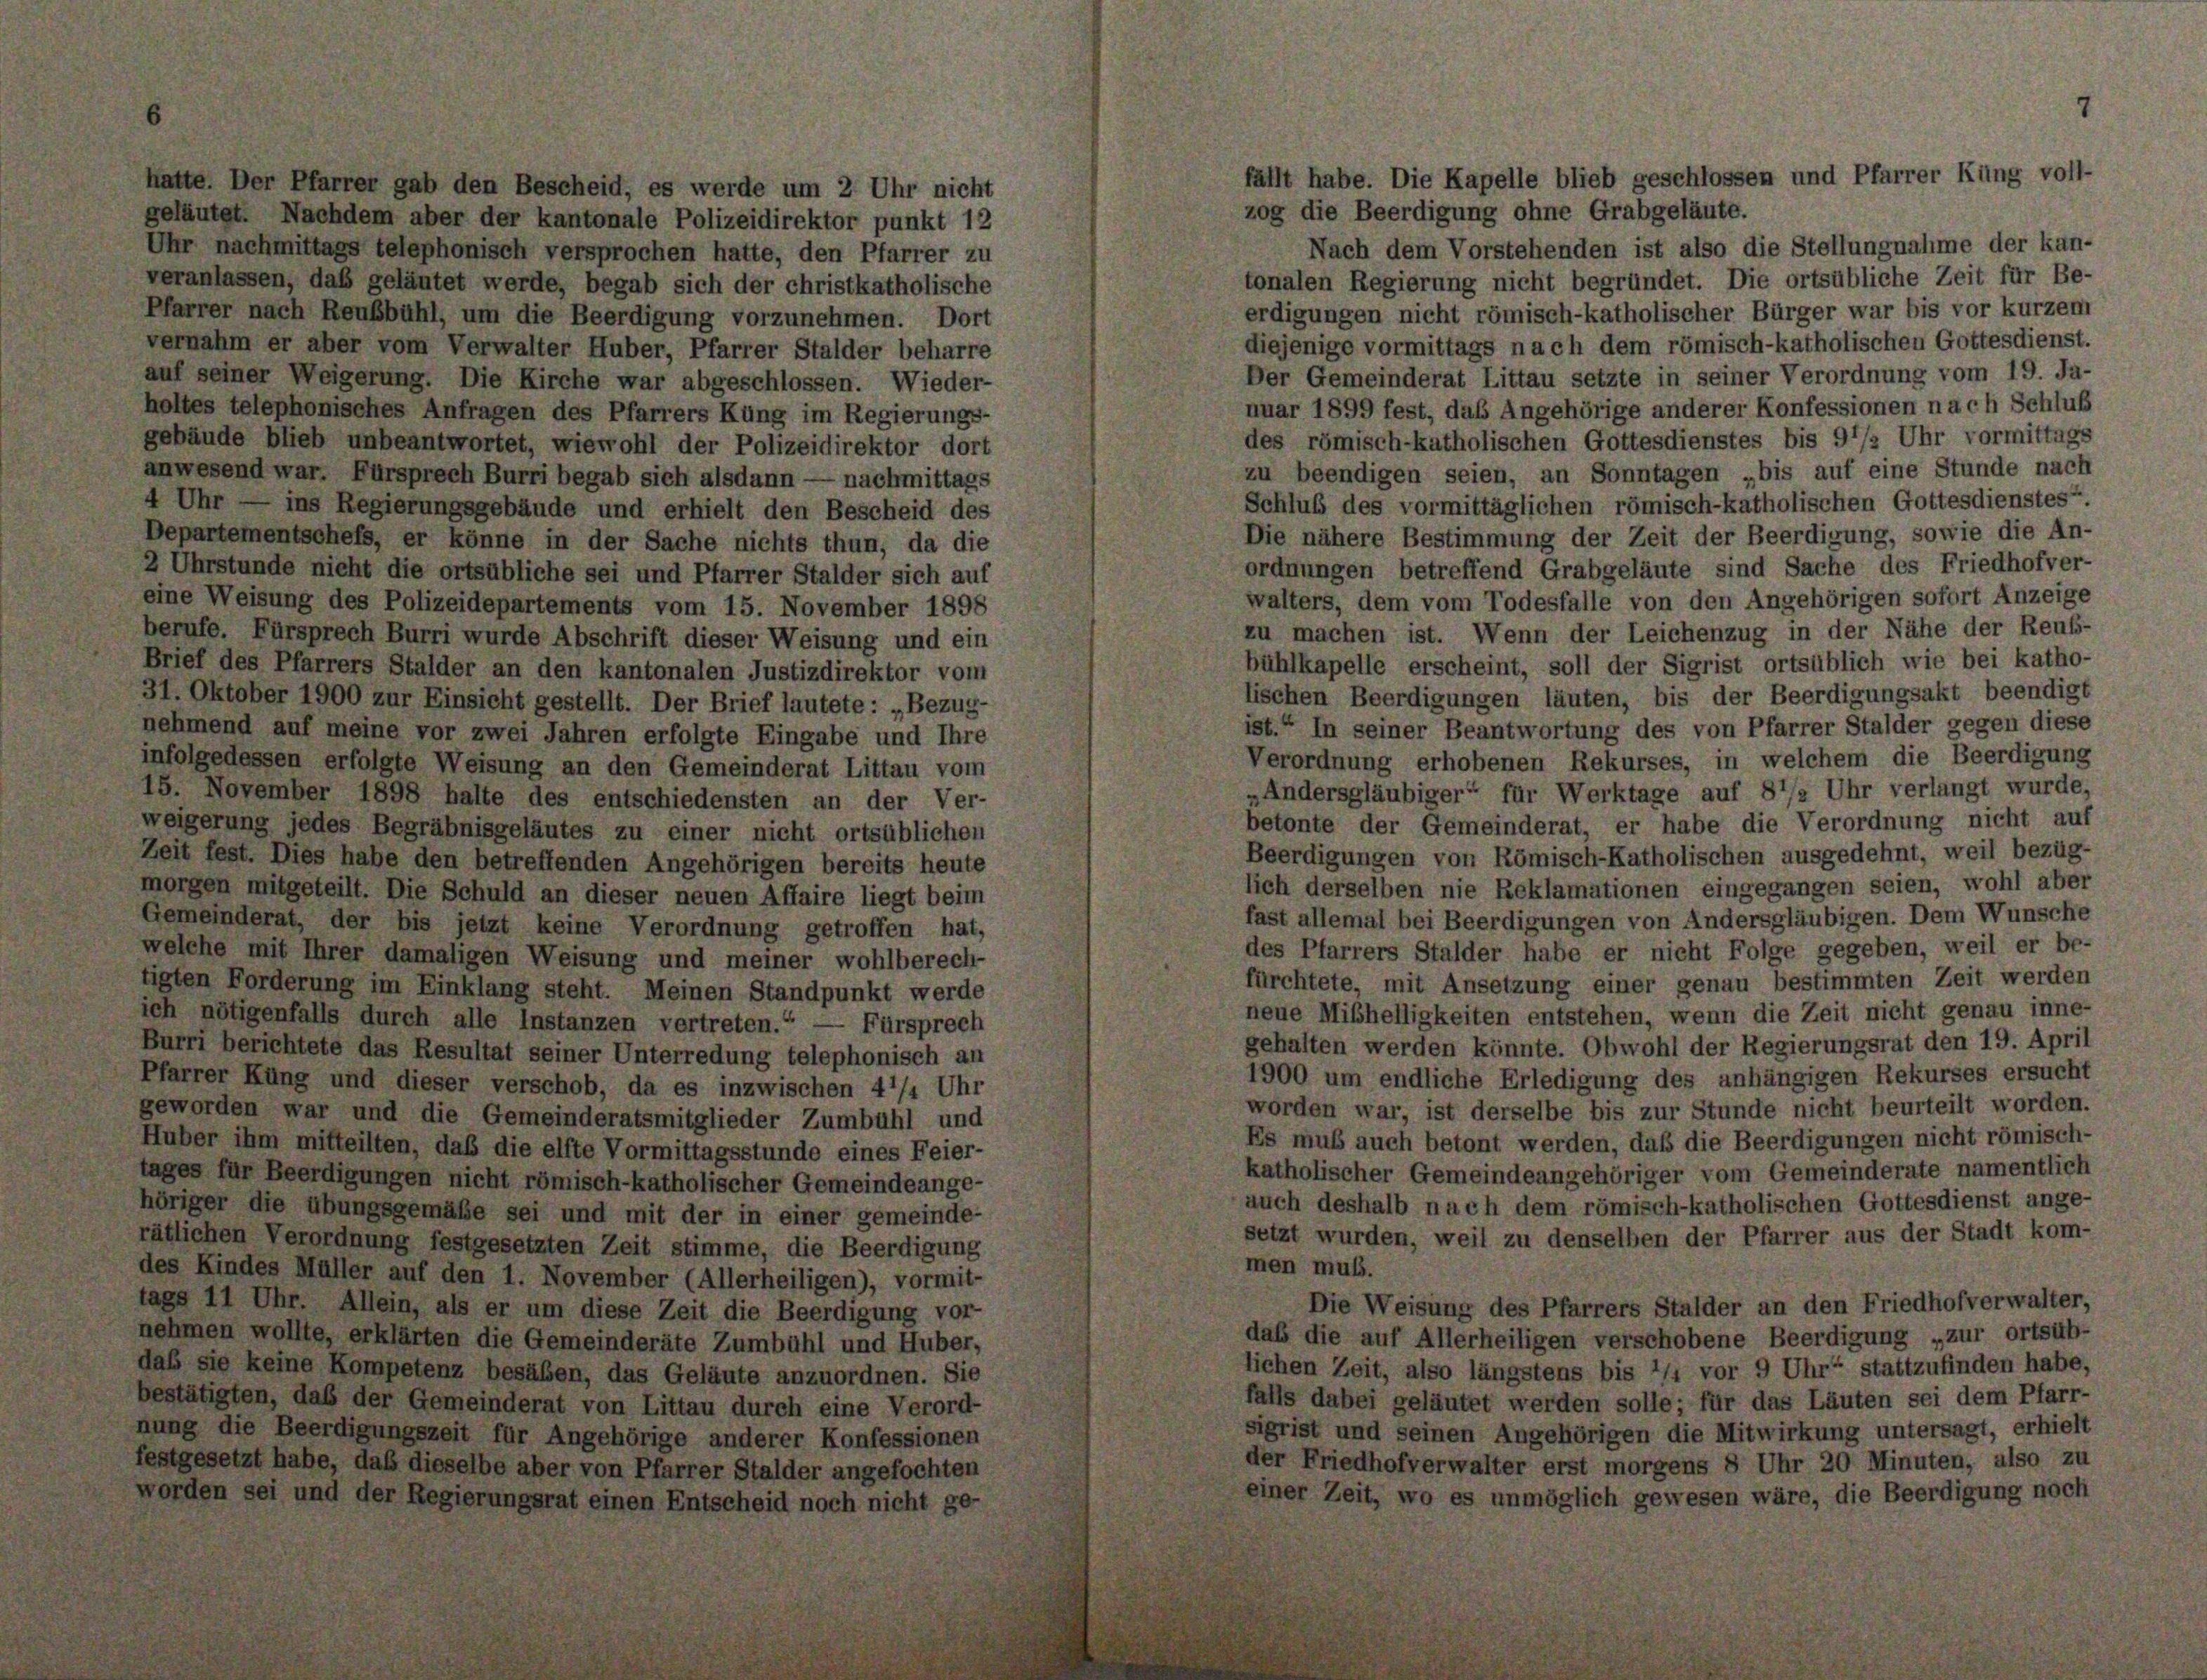
fällt habe. Die Kapelle blieb geschlossen und Pfarrer Küng voll-
hatte. Der Pfarrer gab den Bescheid, es werde um 2 Uhr nicht
zog die Beerdigung ohne Grabgeläute.
geläutet. Nachdem aber der kantonale Polizeidirektor punkt 12
Nach dem Vorstehenden ist also die Stellungnahme der kan-
Uhr nachmittags telephonisch versprochen hatte, den Pfarrer zu
tonalen Regierung nicht begründet. Die ortsübliche Zeit für Be-
veranlassen, daß geläutet werde, begab sich der christkatholische
erdigungen nicht römisch-katholischer Bürger war bis vor kurzem
Pfarrer nach Reußbühl, um die Beerdigung vorzunehmen. Dort
diejenige vormittags nach dem römisch-katholischen Gottesdienst.
vernahm er aber vom Verwalter Huber, Pfarrer Stalder beharre
Der Gemeinderat Littau setzte in seiner Verordnung vom 19. Ja-
auf seiner Weigerung. Die Kirche war abgeschlossen. Wieder-
nuar 1899 fest, das Angehörige anderer Konfessionen nach Schluß
holtes telephonisches Anfragen des Pfarrers Küng im Regierungs-
des römisch-katholischen Gottesdienstes bis 91/2 Uhr vormittags
gebäude blieb unbeantwortet, wiewohl der Polizeidirektor dort
zu beendigen seien, an Sonntagen „bis auf eine Stunde nach
anwesend war. Fürsprech Burri begab sich alsdann — nachmittags
Schluß des vormittäglichen römisch-katholischen Gottesdienstes“.
4 Uhr — ins Regierungsgebäude und erhielt den Bescheid des
Die nähere Bestimmung der Zeit der Beerdigung, sowie die An-
Departementschefs, er könne in der Sache nichts thun, da die
ordnungen betreffend Grabgeläute sind Sache des Friedhofver-
2 Uhrstunde nicht die ortsübliche sei und Pfarrer Stalder sich auf
walters, dem vom Todesfalle von den Angehörigen sofort Anzeige
eine Weisung des Polizeidepartements vom 15. November 1898
zu machen ist. Wenn der Leichenzug in der Nähe der Reuß-
berufe. Fürsprech Burri wurde Abschrift dieser Weisung und ein
bühlkapelle erscheint, soll der Sigrist ortsüblich wie bei katho-
Brief des Pfarrers Stalder an den kantonalen Justizdirektor vom
lischen Beerdigungen läuten, bis der Beerdigungsakt beendigt
31. Oktober 1900 zur Einsicht gestellt. Der Brief lautete: „Bezug-
ist.“ In seiner Beantwortung des von Pfarrer Stalder gegen diese
nehmend auf meine vor zwei Jahren erfolgte Eingabe und Ihre
Verordnung erhobenen Rekurses, in welchem die Beerdigung
infolgedessen erfolgte Weisung an den Gemeinderat Littau vom
„Andersgläubiger“ für Werktage auf 8 1/2 Uhr verlangt wurde,
15. November 1898 halte des entschiedensten an der Ver-
betonte der Gemeinderat, er habe die Verordnung nicht auf
weigerung jedes Begräbnisgeläutes zu einer nicht ortsüblichen
Beerdigungen von Römisch-Katholischen ausgedehnt, weil bezüg-
Zeit fest. Dies habe den betreffenden Angehörigen bereits heute
lich derselben nie Reklamationen eingegangen seien, wohl aber
morgen mitgeteilt. Die Schuld an dieser neuen Affaire liegt beim
fast allemal bei Beerdigungen von Andersgläubigen. Dem Wunsche
Gemeinderat, der bis jetzt keine Verordnung getroffen hat,
des Pfarrers Stalder habe er nicht Folge gegeben, weil er be-
welche mit Ihrer damaligen Weisung und meiner wohlberech-
fürchtete, mit Ansetzung einer genau bestimmten Zeit werden
tigten Forderung im Einklang steht. Meinen Standpunkt werde
neue Mißhelligkeiten entstehen, wenn die Zeit nicht genau inne-
ich nötigenfalls durch alle Instanzen vertreten.“ — Fürsprech
gehalten werden könnte. Obwohl der Regierungsrat den 19. April
Burri berichtete das Resultat seiner Unterredung telephonisch an
1900 um endliche Erledigung des anhängigen Rekurses ersucht
Pfarrer Küng und dieser verschob, da es inzwischen 4 1/4 Uhr
worden war, ist derselbe bis zur Stunde nicht beurteilt worden.
geworden war und die Gemeinderatsmitglieder Zumbühl und
Es muß auch betont werden, daß die Beerdigungen nicht römisch-
Huber ihm mitteilten, daß die elfte Vormittagsstunde eines Feier-
katholischer Gemeindeangehöriger vom Gemeinderate namentlich
tages für Beerdigungen nicht römisch-katholischer Gemeindeange-
auch deshalb nach dem römisch-katholischen Gottesdienst ange-
höriger die übungsgemäße sei und mit der in einer gemeinde-
setzt wurden, weil zu denselben der Pfarrer aus der Stadt kom-
rätlichen Verordnung festgesetzten Zeit stimme, die Beerdigung
men muß.
les Kindes Müller auf den 1. November (Allerheiligen), vormit-
Die Weisung des Pfarrers Stalder an den Friedhof verwalter,
tags 11 Uhr. Allein, als er um diese Zeit die Beerdigung vor-
das die auf Allerheiligen verschobene Beerdigung „zur ortsüb-
nehmen wollte, erklärten die Gemeinderäte Zumbühl und Huber,
lichen Zeit, also längstens bis 1/4 vor 9 Uhr“ stattzufinden habe,
daß sie keine Kompetenz besäben, das Geläute anzuordnen. Sie
falls dabei geläutet werden solle; für das Läuten sei dem Pfarr-
bestätigten, daß der Gemeinderat von Littau durch eine Verord-
sigrist und seinen Angehörigen die Mitwirkung untersagt, erhielt
nung die Beerdigungszeit für Angehörige anderer Konfessionen
der Friedhofverwalter erst morgens 8 Uhr 20 Minuten, also zu
estgesetzt habe, daß dieselbe aber von Pfarrer Stalder angefochten
einer Zeit, wo es unmöglich gewesen wäre, die Beerdigung noch
worden sei und der Regierungsrat einen Entscheid noch nicht ge-